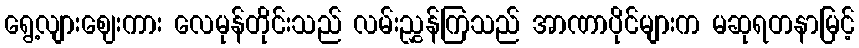
ရွေ့လျားဈေးကား လေမုန်တိုင်းသည် လမ်းညွှန်ကြသည် အာဏာပိုင်များက မဆုရတနာမြင့်